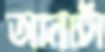
আনাটা